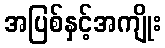
အပြစ်နှင့်အကျိုး